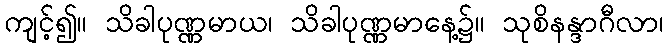
ကျင့်၍။ သိခါပုဏ္ဏမာယ၊ သိခါပုဏ္ဏမာနေ့၌။ သုစိနန္ဒာဂီလာ၊